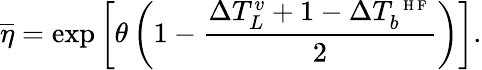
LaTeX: \overline{{\eta}}=\mathrm{exp}\left[\theta\left(1-\frac{\Delta T_{L}^{v}+1-\Delta T_{b}^{\mathrm{~\scriptsize~H~F~}}}{2}\right)\right].